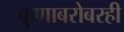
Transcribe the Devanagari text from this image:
कुणाबरोबरही